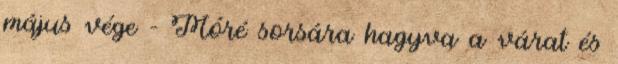
május vége – Móré sorsára hagyva a várat és